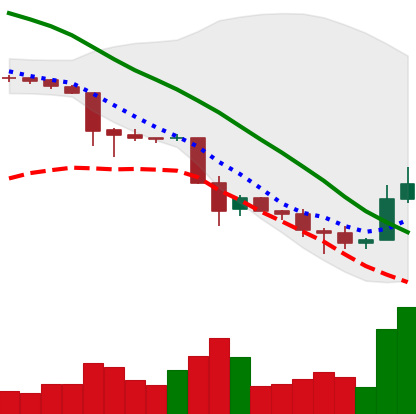
Ticker: TRX-USD
Chart end date: 2018-11-29
Forward return: -8.175%
Label: down_7plus